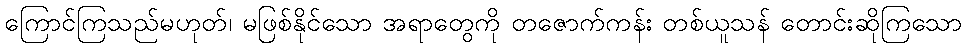
ကြောင်ကြသည်မဟုတ်၊ မဖြစ်နိုင်သော အရာတွေကို တဇောက်ကန်း တစ်ယူသန် တောင်းဆိုကြသော